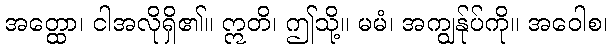
အတ္ထော၊ ငါအလိုရှိ၏။ ဣတိ၊ ဤသို့။ မမံ၊ အကျွန်ုပ်ကို။ အဝေါစ၊